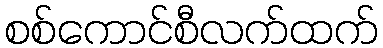
စစ်ကောင်စီလက်ထက်